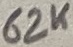
Text: 62K